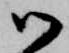
御